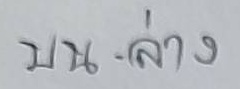
บน - ล่าง